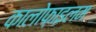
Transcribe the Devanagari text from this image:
कालोफ़ाइलम